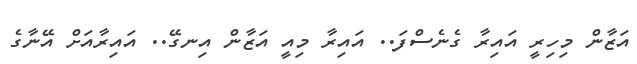
އަޒާން މިހިރީ އައިރާ ގެނެސްފަ.. އައިރާ މިއީ އަޒާން އިނގޭ.. އައިރާއަށް އޭނާގެ